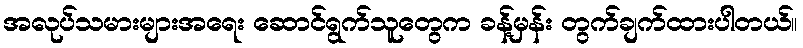
အလုပ်သမားများအရေး ဆောင်ရွက်သူတွေက ခန့်မှန်း တွက်ချက်ထားပါတယ်။